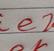
Signature authenticity: forged